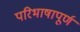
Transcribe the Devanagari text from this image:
परिभाषापूर्ण